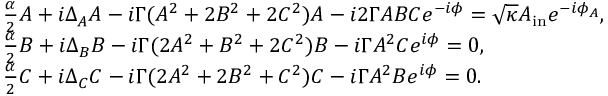
\begin{array} { r l } & { \frac { \alpha } { 2 } A + i \Delta _ { A } A - i \Gamma ( A ^ { 2 } + 2 B ^ { 2 } + 2 C ^ { 2 } ) A - i 2 \Gamma A B C e ^ { - i \phi } = \sqrt { \kappa } A _ { \mathrm { i n } } e ^ { - i \phi _ { A } } , } \\ & { \frac { \alpha } { 2 } B + i \Delta _ { B } B - i \Gamma ( 2 A ^ { 2 } + B ^ { 2 } + 2 C ^ { 2 } ) B - i \Gamma A ^ { 2 } C e ^ { i \phi } = 0 , } \\ & { \frac { \alpha } { 2 } C + i \Delta _ { C } C - i \Gamma ( 2 A ^ { 2 } + 2 B ^ { 2 } + C ^ { 2 } ) C - i \Gamma A ^ { 2 } B e ^ { i \phi } = 0 . } \end{array}